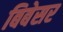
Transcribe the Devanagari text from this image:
बिबेसर